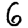
Digit: 6